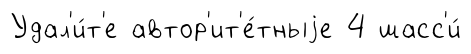
Удал'и́т'е автор'ит'е́тныjе 4 шасс'и́